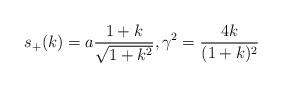
LaTeX: \begin{align*}s_+(k) = a \frac{1+k}{\sqrt{1+k^2}}, \gamma^2 = \frac{4k}{(1+k)^2}\end{align*}